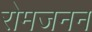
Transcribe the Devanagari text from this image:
रोमजनन